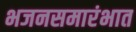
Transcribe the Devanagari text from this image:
भजनसमारंभात